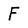
Character: F